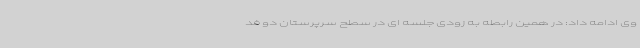
وی ادامه داد: در همین رابطه به زودی جلسه ای در سطح سرپرستان دو فد